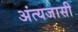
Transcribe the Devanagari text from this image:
अंत्यजासी